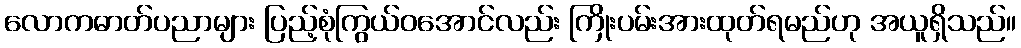
လောကဓာတ်ပညာများ ပြည့်စုံကြွယ်ဝအောင်လည်း ကြိုးပမ်းအားထုတ်ရမည်ဟု အယူရှိသည်။